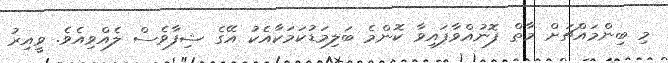
މި ބިންމައްޗަށް މާތް ފޮނުއްވާފައިވާ ކޮންމެ ބަލިމަޑުކަމަކާއެކު އޭގެ ޝިފާވެސް ލެއްވިއެވެ. ވީއިރު